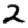
Digit: 2